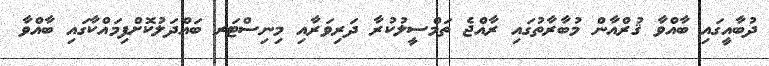
ދުބާއީގައި ބާއްވާ ޤުރްއާން މުބާރާތުގައި ރާއްޖެ ތަމްސީލުކުރާ ދަރިވަރާއި މިނިސްޓަރ ބައްދަލުކޮށްފިމައްކާގައި ބާއްވާ